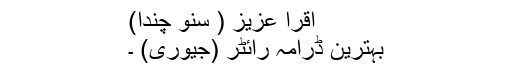
اقرا عزیز ( سنو چندا)
بہترین ڈرامہ رائٹر (جیوری) ۔